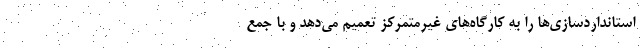
استانداردسازی‌ها را به کارگاه‌های غیرمتمرکز تعمیم می‌دهد و با جمع